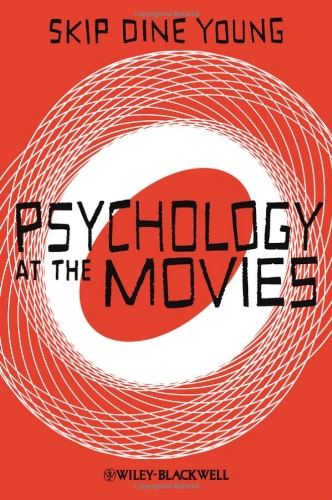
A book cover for Psychology at the Movies; Skip Dine Young; Humor & Entertainment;